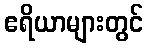
ဧရိယာများတွင်